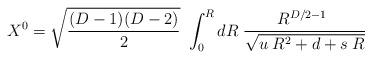
LaTeX: \begin{align*}X^0 = \sqrt{{(D-1)(D-2)}\over 2}~\int_0^R dR \; {{R^{D/2-1}} ~\over {\sqrt{ u \; R^2 + d + s\; R}}}\end{align*}